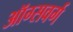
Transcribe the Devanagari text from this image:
ऑग्सवर्ग